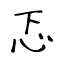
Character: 忑